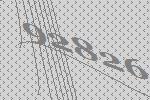
92826